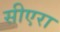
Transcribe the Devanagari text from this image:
सीएरा